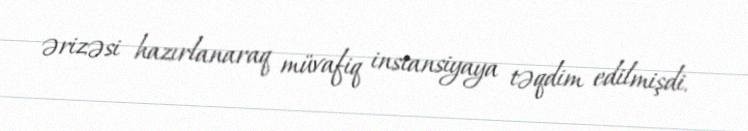
ərizəsi hazırlanaraq müvafiq instansiyaya təqdim edilmişdi.